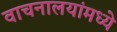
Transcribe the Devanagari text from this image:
वाचनालयांमध्ये